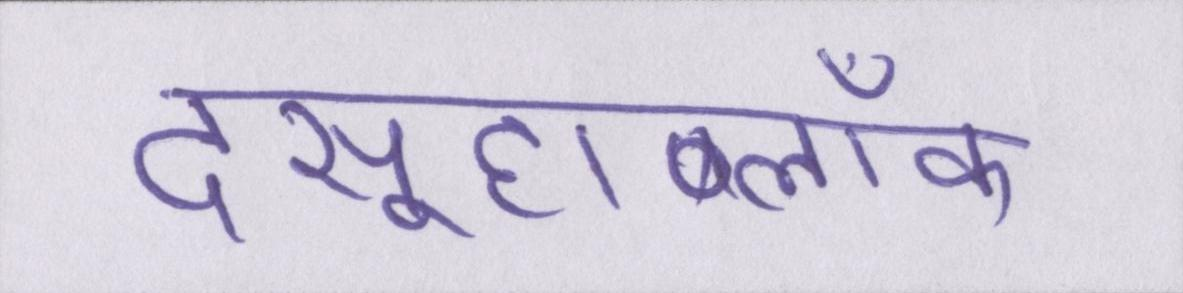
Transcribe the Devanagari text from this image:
दसूहाब्लॉक